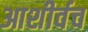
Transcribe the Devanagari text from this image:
आशीर्वच